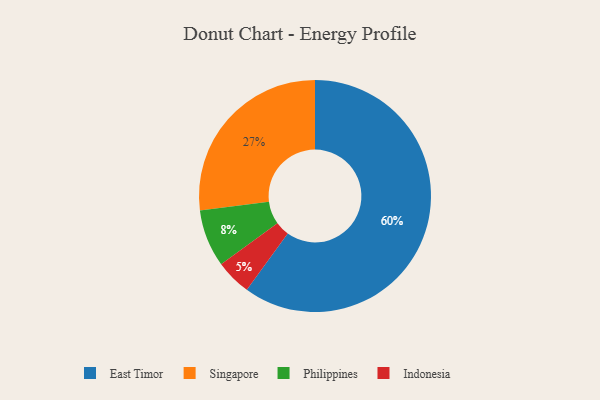
{"axis": {"x": "Category", "y": "Percentage"}, "legend": ["East Timor", "Indonesia", "Philippines", "Singapore"], "data": [{"x": "Singapore", "y": 27, "type": "Singapore"}, {"x": "Philippines", "y": 8, "type": "Philippines"}, {"x": "Indonesia", "y": 5, "type": "Indonesia"}, {"x": "East Timor", "y": 60, "type": "East Timor"}]}